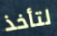
لتأخذ